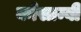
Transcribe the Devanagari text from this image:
कोसाम्बी